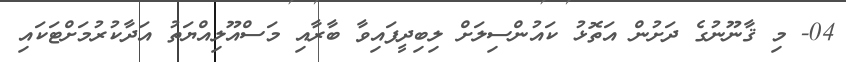
04- މި ޤާނޫނުގެ ދަށުން އަތޮޅު ކައުންސިލަށް ލިބިދީފައިވާ ބާރާއި މަސްއޫލިއްޔަތު އަދާކުރުމަށްޓަކައި